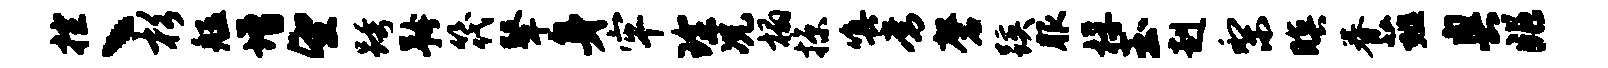
控丶杉艋增望跨矜筏鼙身牢琛况榻掠嗔常磬蹊服桴玉赳梨暝眷薤奥兆